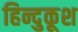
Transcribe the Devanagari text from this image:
हिन्दुकूश